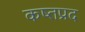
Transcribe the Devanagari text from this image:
कष्तप्रद